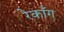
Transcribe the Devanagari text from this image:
रेकाँग